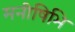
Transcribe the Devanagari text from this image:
मनीषिभि